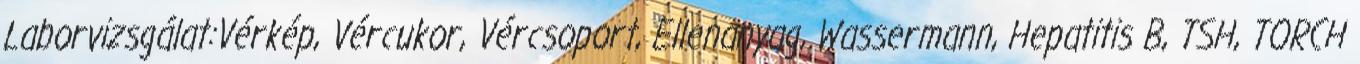
Laborvizsgálat:Vérkép, Vércukor, Vércsoport, Ellenanyag, Wassermann, Hepatitis B, TSH, TORCH